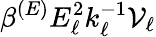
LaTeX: \beta^{(E)}E_{\ell}^{2}k_{\ell}^{-1}\mathcal{V}_{\ell}